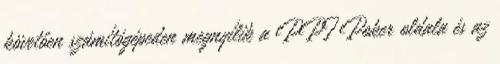
követően számítógépeden megnyílik a PPI Poker oldala és az